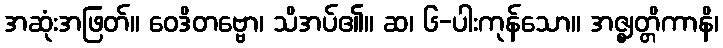
အဆုံးအဖြတ်။ ဝေဒိတဗ္ဗော၊ သိအပ်၏။ ဆ၊ ၆-ပါးကုန်သော။ အဇ္ဈတ္တိကာနိ၊